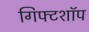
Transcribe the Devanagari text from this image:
गिफ्टशॉप